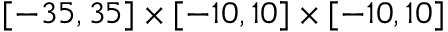
[ - 3 5 , 3 5 ] \times [ - 1 0 , 1 0 ] \times [ - 1 0 , 1 0 ]